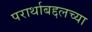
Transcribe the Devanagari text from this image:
परार्थाबद्दलच्या